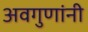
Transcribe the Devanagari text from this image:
अवगुणांनी